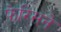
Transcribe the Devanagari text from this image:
फेरिसने